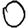
Digit: 0